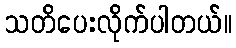
သတိပေးလိုက်ပါတယ်။